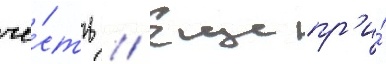
че́сть // Еще пр'и́